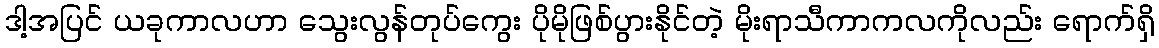
ဒါ့အပြင် ယခုကာလဟာ သွေးလွန်တုပ်ကွေး ပိုမိုဖြစ်ပွားနိုင်တဲ့ မိုးရာသီကာကလကိုလည်း ရောက်ရှိ